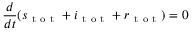
\frac { d } { d t } ( s _ { \mathrm { ~ t ~ o ~ t ~ } } + i _ { \mathrm { ~ t ~ o ~ t ~ } } + r _ { \mathrm { ~ t ~ o ~ t ~ } } ) = 0